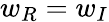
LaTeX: w_{R}=w_{I}